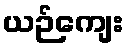
ယဉ်ကျေး